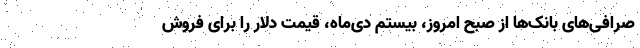
صرافی‌های بانک‌ها از صبح امروز، بیستم دی‌ماه، قیمت دلار را برای فروش